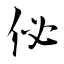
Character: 佖